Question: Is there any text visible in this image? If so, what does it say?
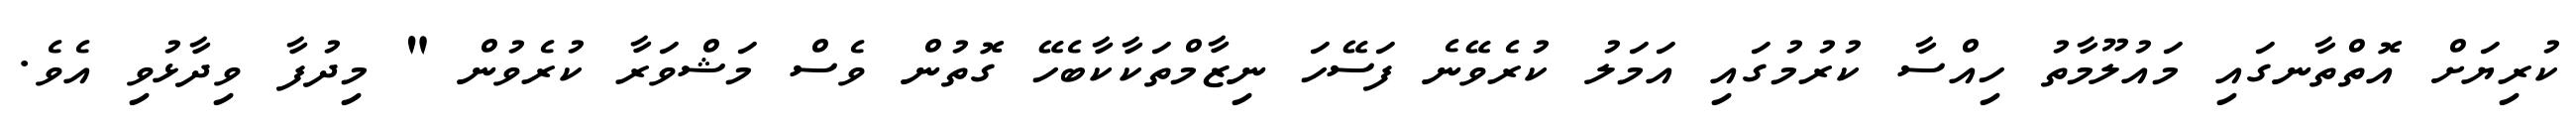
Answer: ކުރިޔަށް އޮތްތާނގައި މައުލޫމާތު ހިއްސާ ކުރުމުގައި އަމަލު ކުރެވޭނެ ފަސޭހަ ނިޒާމްތަކާކާބެހޭ ގޮތުން ވެސް މަޝްވަރާ ކުރެވުން " މިދުފާ ވިދާޅުވި އެވެ.